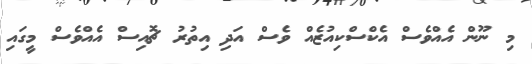
މި ނޫން އެއްވެސް އެކްސްކިއުޒެއް ވެސް އަދި އިތުރު ޗޮއިސް އެއްވެސް މީގައި